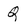
Character: Q